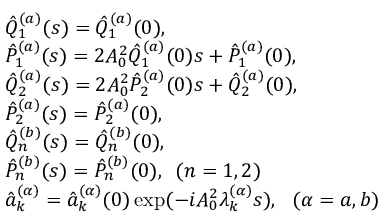
\begin{array} { r l } & { \hat { Q } _ { 1 } ^ { ( a ) } ( s ) = \hat { Q } _ { 1 } ^ { ( a ) } ( 0 ) , } \\ & { \hat { P } _ { 1 } ^ { ( a ) } ( s ) = 2 A _ { 0 } ^ { 2 } \hat { Q } _ { 1 } ^ { ( a ) } ( 0 ) s + \hat { P } _ { 1 } ^ { ( a ) } ( 0 ) , } \\ & { \hat { Q } _ { 2 } ^ { ( a ) } ( s ) = 2 A _ { 0 } ^ { 2 } \hat { P } _ { 2 } ^ { ( a ) } ( 0 ) s + \hat { Q } _ { 2 } ^ { ( a ) } ( 0 ) , } \\ & { \hat { P } _ { 2 } ^ { ( a ) } ( s ) = \hat { P } _ { 2 } ^ { ( a ) } ( 0 ) , } \\ & { \hat { Q } _ { n } ^ { ( b ) } ( s ) = \hat { Q } _ { n } ^ { ( b ) } ( 0 ) , } \\ & { \hat { P } _ { n } ^ { ( b ) } ( s ) = \hat { P } _ { n } ^ { ( b ) } ( 0 ) , \, \, \, ( n = 1 , 2 ) } \\ & { \hat { a } _ { k } ^ { ( \alpha ) } = \hat { a } _ { k } ^ { ( \alpha ) } ( 0 ) \exp ( - i A _ { 0 } ^ { 2 } \lambda _ { k } ^ { ( \alpha ) } s ) , \, \, \, \, ( \alpha = a , b ) } \end{array}